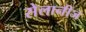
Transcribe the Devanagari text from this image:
सेलानीज